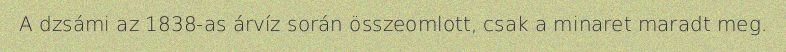
A dzsámi az 1838-as árvíz során összeomlott, csak a minaret maradt meg.